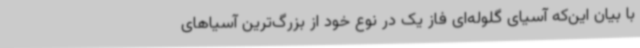
با بیان این‌که آسیای گلوله‌ای فاز یک در نوع خود از بزرگ‌ترین آسیاهای